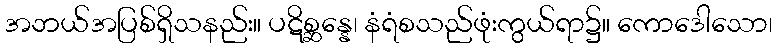
အဘယ်အပြစ်ရှိသနည်း။ ပဋိစ္ဆန္နေ၊ နံရံစသည်ဖုံးကွယ်ရာ၌။ ကောဒေါသော၊